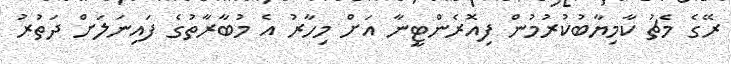
ރޭގެ މެޗު ކާމިޔާބުކުރުމުން ފިއޮރެންޓީނާ އަށް މިހާރު އެ މުބާރާތުގެ ފައިނަލަށް ދަތުރު